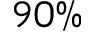
9 0 \%